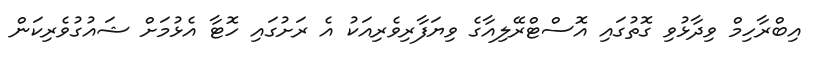
އިބްރާހިމް ވިދާޅުވި ގޮތުގައި އޮސްޓްރޭލިއާގެ ވިޔަފާރިވެރިއަކު އެ ރަށުގައި ހޮޓާ އެޅުމަށް ޝައުގުވެރިކަން